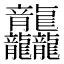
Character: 龘